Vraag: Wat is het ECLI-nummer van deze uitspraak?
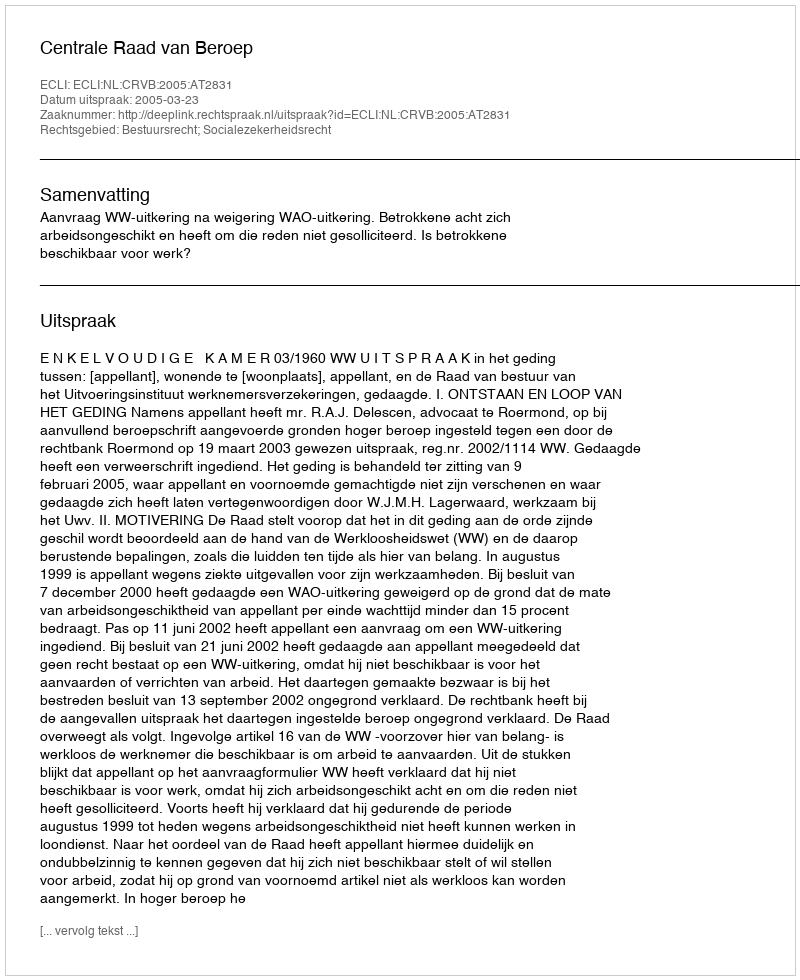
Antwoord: ECLI:NL:CRVB:2005:AT2831